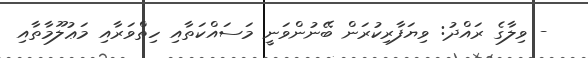
- ވިލާގެ ރައްދު: ވިޔަފާރިކުރަން ބޭނުންވަނީ މަސައްކަތާއި ހިތްވަރާއި މަޢުލޫމާތާއި